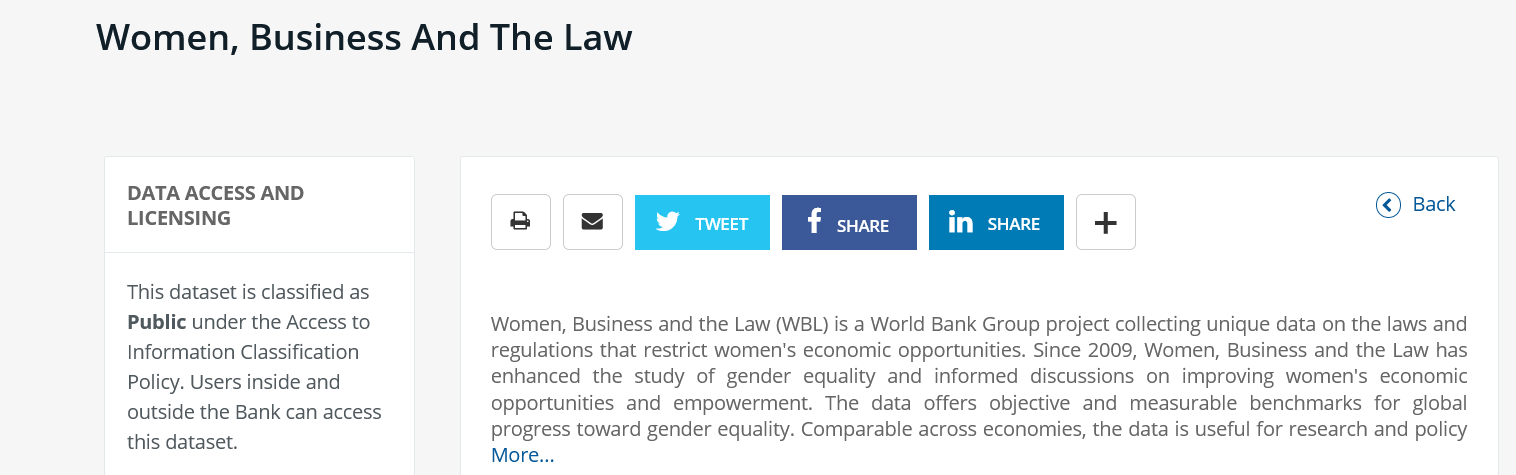
Women,    Business    And    The    Law
     DATA  ACCESS AND
     LICENSING
     This dataset is classified as
     Public under the Access to
     Information Classification
     Policy. Users inside and
     outside the Bank can access
     this dataset.
     Women, Business and the Law (WBL) is a World Bank Group project collecting unique data on the laws anc
     regulations that restrict women's economic opportunities. Since 2009, Women, Business and the Law has
     enhanced the study of gender equality and informed discussions on improving women's economic
     opportunities and empowerment. The data offers objective and measurable benchmarks for globa
     progress toward gender equality. Comparable across economies, the data is useful for research and policy
     More...
     L Aas    |    ths SS
     ©) Back